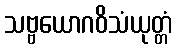
သဗ္ဗယောဂဝိသံယုတ္တံ